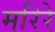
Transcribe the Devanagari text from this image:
मरिरे